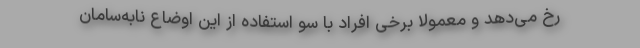
رخ می‌دهد و معمولا برخی افراد با سو استفاده از این اوضاع نابه‌سامان